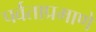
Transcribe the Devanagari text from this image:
पर्वताप्रमाणे